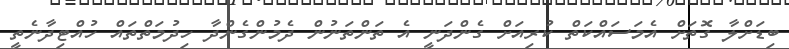
ބިޑަށްލާ ގޮތަށް އެމަސައްކަތް ކުރިއަށް ގެންދަނީ އެ ތަންތަނުން ދެމުންގެންދާ ހިދުމަތްތައް ހުއްޓިދާނެތީ